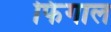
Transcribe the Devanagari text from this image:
फिंगाल